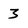
Character: 3